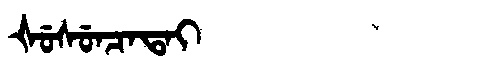
Manchu: ᡧᡠᠰᡠᠨᠴᠠᡨᠠᡳ
Romanization: ŠUSUNCATAI